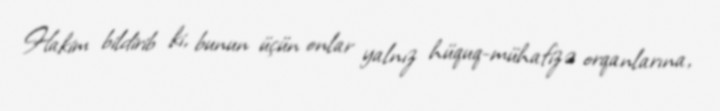
Hakim bildirib ki, bunun üçün onlar yalnız hüquq-mühafizə orqanlarına,